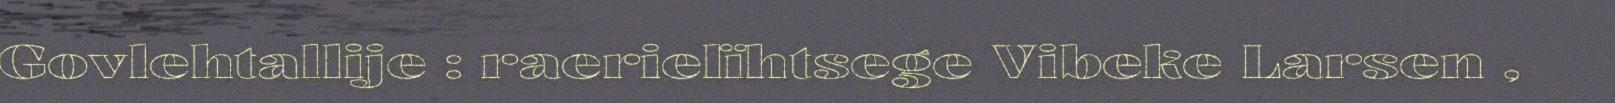
Govlehtallije : raerielïhtsege Vibeke Larsen ,